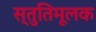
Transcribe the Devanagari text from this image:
स्तुतिमूलक